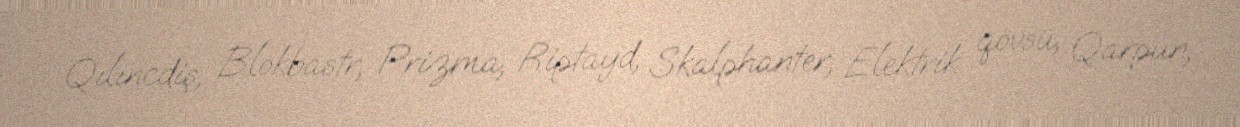
Qılıncdiş, Blokbastr, Prizma, Riptayd, Skalphanter, Elektrik qövsü, Qarpun,